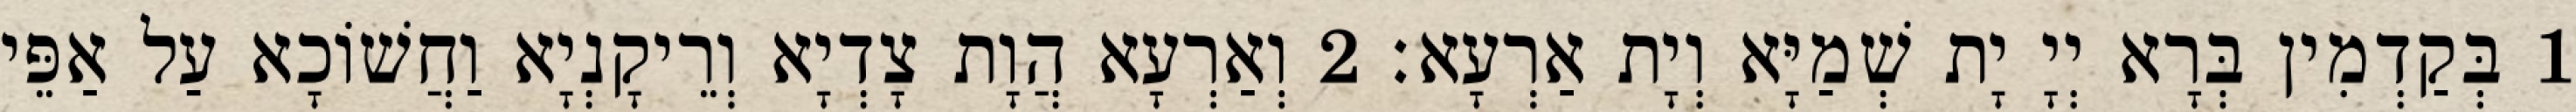
1 בְּקַדְמִין בְּרָא יְיָ יָת שְׁמַיָּא וְיָת אַרְעָא׃ 2 וְאַרְעָא הֲוָת צָדְיָא וְרֵיקָנְיָא וַחֲשׁוֹכָא עַל אַפֵּי